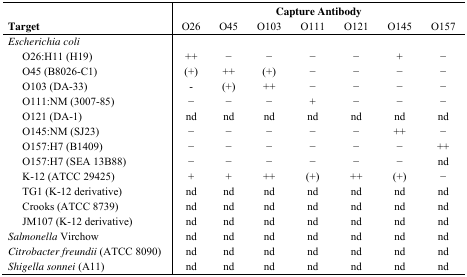
<table><thead><tr><td rowspan="2"><b>Target</b></td><td colspan="7"><b>Capture Antibody</b></td></tr><tr><td><b>O26</b></td><td><b>O45</b></td><td><b>O103</b></td><td><b>O111</b></td><td><b>O121</b></td><td><b>O145</b></td><td><b>O157</b></td></tr></thead><tbody><tr><td><i>Escherichia coli</i></td><td></td><td></td><td></td><td></td><td></td><td></td><td></td></tr><tr><td> O26:H11 (H19)</td><td>++</td><td>−</td><td>−</td><td>−</td><td>−</td><td>+</td><td>−</td></tr><tr><td> O45 (B8026-C1)</td><td>(+)</td><td>++</td><td>(+)</td><td>−</td><td>−</td><td>−</td><td>−</td></tr><tr><td> O103 (DA-33)</td><td>-</td><td>(+)</td><td>++</td><td>−</td><td>−</td><td>−</td><td>−</td></tr><tr><td> O111:NM (3007-85)</td><td>−</td><td>−</td><td>−</td><td>+</td><td>−</td><td>−</td><td>−</td></tr><tr><td> O121 (DA-1)</td><td>nd</td><td>nd</td><td>nd</td><td>nd</td><td>nd</td><td>nd</td><td>nd</td></tr><tr><td> O145:NM (SJ23)</td><td>−</td><td>−</td><td>−</td><td>−</td><td>−</td><td>++</td><td>−</td></tr><tr><td> O157:H7 (B1409)</td><td>−</td><td>−</td><td>−</td><td>−</td><td>−</td><td>−</td><td>++</td></tr><tr><td> O157:H7 (SEA 13B88)</td><td>−</td><td>−</td><td>−</td><td>−</td><td>−</td><td>−</td><td>nd</td></tr><tr><td> K-12 (ATCC 29425)</td><td>+</td><td>+</td><td>++</td><td>(+)</td><td>++</td><td>(+)</td><td>−</td></tr><tr><td> TG1 (K-12 derivative)</td><td>nd</td><td>nd</td><td>nd</td><td>nd</td><td>nd</td><td>nd</td><td>nd</td></tr><tr><td> Crooks (ATCC 8739)</td><td>nd</td><td>nd</td><td>nd</td><td>nd</td><td>nd</td><td>nd</td><td>nd</td></tr><tr><td> JM107 (K-12 derivative)</td><td>nd</td><td>nd</td><td>nd</td><td>nd</td><td>nd</td><td>nd</td><td>nd</td></tr><tr><td><i>Salmonella</i> Virchow</td><td>nd</td><td>nd</td><td>nd</td><td>nd</td><td>nd</td><td>nd</td><td>nd</td></tr><tr><td><i>Citrobacter freundii</i> (ATCC 8090)</td><td>nd</td><td>nd</td><td>nd</td><td>nd</td><td>nd</td><td>nd</td><td>nd</td></tr><tr><td><i>Shigella sonnei</i> (A11)</td><td>nd</td><td>nd</td><td>nd</td><td>nd</td><td>nd</td><td>nd</td><td>nd</td></tr></tbody></table>